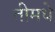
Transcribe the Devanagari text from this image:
तीमधे